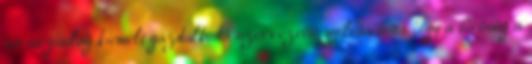
stratégiailag kiemelt gazdálkodó szervezetté nyilvánította. Így a bíróság a